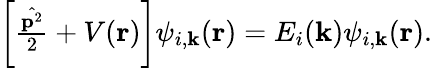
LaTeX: \begin{array}{r}{\left[\frac{\hat{\textbf{p}^{2}}}{2}+V(\textbf{r})\right]\psi_{i,\textbf{k}}(\textbf{r})=E_{i}(\textbf{k})\psi_{i,\textbf{k}}(\textbf{r}).}\end{array}